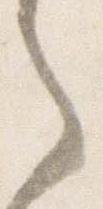
之